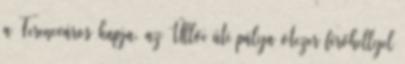
a Ferencváros kapja, az Üllői úti pálya ötezer férőhellyel